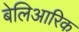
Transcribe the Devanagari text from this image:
बेलिआरिक